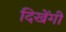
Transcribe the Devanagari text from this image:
दिखेंगी